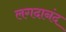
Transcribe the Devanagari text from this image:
लगदानंद